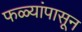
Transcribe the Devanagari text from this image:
फळ्यांपासून